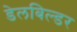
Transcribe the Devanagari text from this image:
डेलबिल्डर